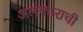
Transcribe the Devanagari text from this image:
अलंकाराची